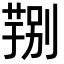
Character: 𮐆